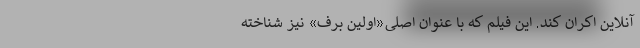
آنلاین اکران کند. این فیلم که با عنوان اصلی«اولین برف» نیز شناخته